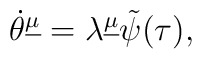
\dot\theta^{\underline\mu}=\lambda^{\underline\mu}\tilde\psi(\tau),